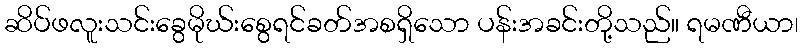
ဆိပ်ဖလူးသင်းခွေမိုဃ်းစွေရင်ခတ်အစရှိသော ပန်းအခင်းတို့သည်။ ရမဏီယာ၊